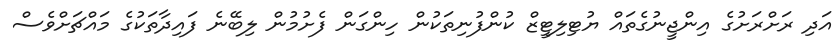
އަދި ރަށްރަށުގެ އިންޖީނުގެތައް ޔުޓިލިޓީޒް ކުންފުނިތަކުން ހިންގަން ފެށުމުން ލިބޭނެ ފައިދާތަކުގެ މައްޗަށްވެސް